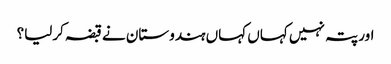
اور پتہ نہیں کہاں کہاں ہندوستان نے قبضہ کرلیا؟